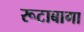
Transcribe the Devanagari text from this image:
रूटाबागा